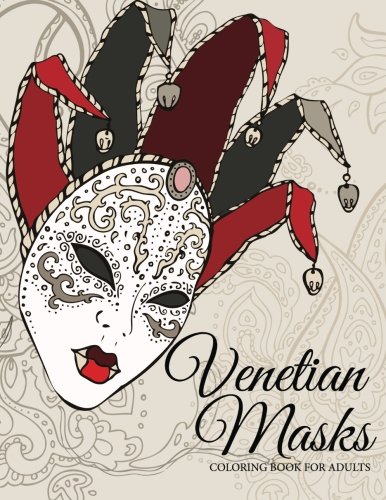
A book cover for Venetian Masks: Coloring Book For Adults; Celeste von Albrecht; Arts & Photography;